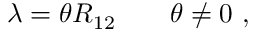
\lambda = \theta R _ { 1 2 } \qquad \theta \neq 0 ~ ,